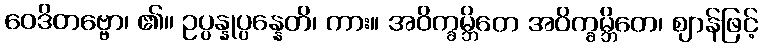
ဝေဒိတဗ္ဗော၊ ၏။ ဥပ္ပန္နုပ္ပန္နေတိ၊ ကား။ အဝိက္ခမ္ဘိတေ အဝိက္ခမ္ဘိတေ၊ ဈာန်ဖြင့်